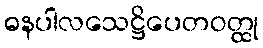
ဓနပါလသေဋ္ဌိပေတဝတ္ထု